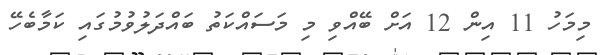
މިމަހު 11 އިން 12 އަށް ބޭއްވި މި މަސައްކަތު ބައްދަލުވުމުގައި ކަމާބެހޭ